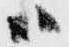
ハ